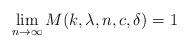
LaTeX: \begin{align*}\lim_{n\to \infty} M(k, \lambda, n, c, \delta)=1\end{align*}